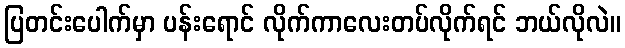
ပြတင်းပေါက်မှာ ပန်းရောင် လိုက်ကာလေးတပ်လိုက်ရင် ဘယ်လိုလဲ။